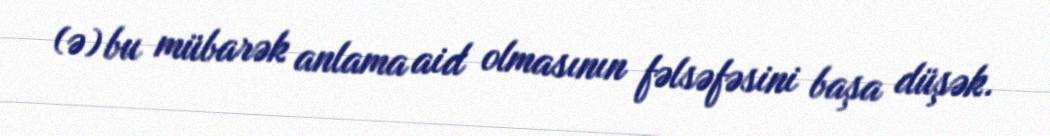
(ə) bu mübarək anlama aid olmasının fəlsəfəsini başa düşək.